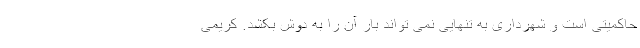
حاکمیتی است و شهرداری به تنهایی نمی تواند بار آن را به دوش بکشد. کریمی